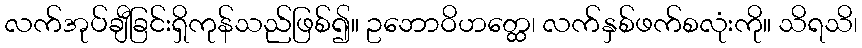
လက်အုပ်ချီခြင်းရှိကုန်သည်ဖြစ်၍။ ဥဘောဝိဟတ္ထေ၊ လက်နှစ်ဖက်စလုံးကို။ သိရသိ၊